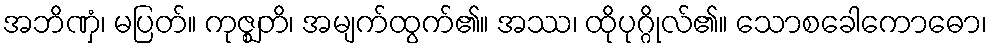
အဘိဏှံ၊ မပြတ်။ ကုဇ္ဈတိ၊ အမျက်ထွက်၏။ အဿ၊ ထိုပုဂ္ဂိုလ်၏။ သောစခေါကောဓော၊